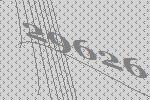
29626